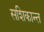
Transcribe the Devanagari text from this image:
सशिकान्त